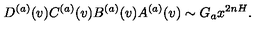
D ^ { ( a ) } ( v ) C ^ { ( a ) } ( v ) B ^ { ( a ) } ( v ) A ^ { ( a ) } ( v ) \sim G _ { a } x ^ { 2 n H } .